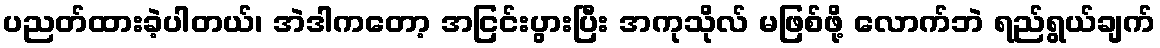
ပညတ်ထားခဲ့ပါတယ်၊ အဲဒါကတော့ အငြင်းပွားပြီး အကုသိုလ် မဖြစ်ဖို့ လောက်ဘဲ ရည်ရွယ်ချက်